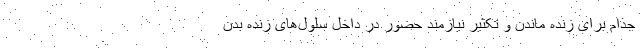
جذام برای زنده ماندن و تکثیر نیازمند حضور در داخل سلول‌های زنده بدن